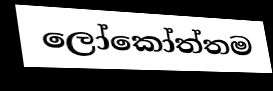
ලෝකෝත්තම